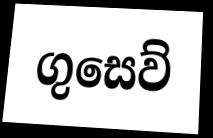
ගුසෙව්